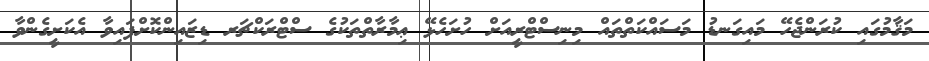
މަޤާމުގައި ކުރަންޖެހޭ މައިގަނޑު މަސައްކަތްތައް މިނިސްޓްރީއަށް ހުށަހެޅޭ ޢިމާރާތްތަކުގެ ސްޓްރަކްޗަރ ޑިޒައިންކޮށްފައިވާ އެކަށީގެންވާ